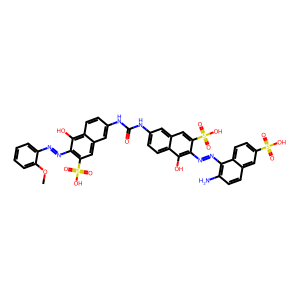
SMILES: COc1ccccc1N=Nc1c(S(=O)(=O)O)cc2cc(NC(=O)Nc3ccc4c(O)c(N=Nc5c(N)ccc6cc(S(=O)(=O)O)ccc56)c(S(=O)(=O)O)cc4c3)ccc2c1O
Inhibits HIV replication: Yes